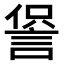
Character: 𧨍